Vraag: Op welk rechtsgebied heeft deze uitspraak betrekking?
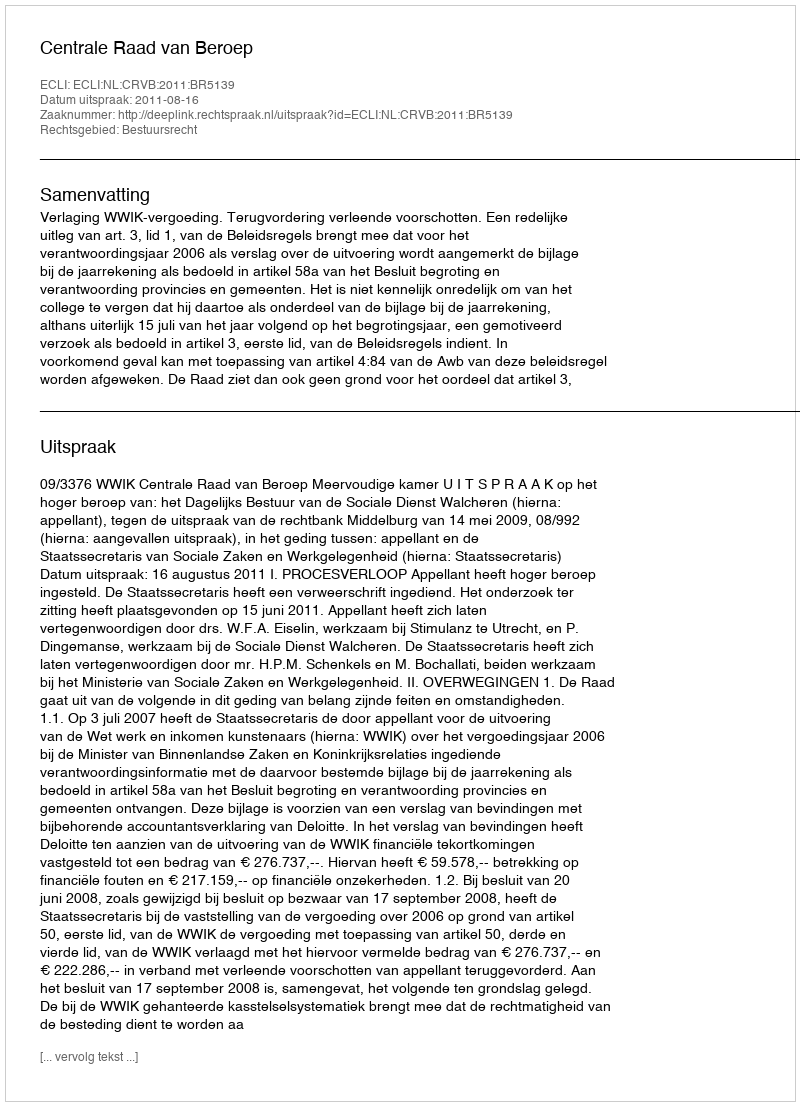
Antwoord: Bestuursrecht